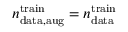
n _ { \mathrm { d a t a , a u g } } ^ { \mathrm { t r a i n } } = n _ { \mathrm { d a t a } } ^ { \mathrm { t r a i n } }